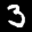
Label: 3